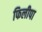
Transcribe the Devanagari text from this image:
फिलीपा